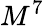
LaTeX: M^{7}